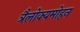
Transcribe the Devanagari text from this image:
त्रैलोक्यमोहन